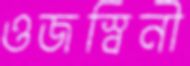
ওজস্বিনী